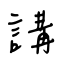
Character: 講